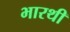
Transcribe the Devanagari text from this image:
भारथी